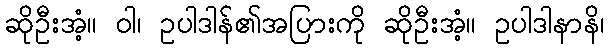
ဆိုဦးအံ့။ ဝါ၊ ဥပါဒါန်၏အပြားကို ဆိုဦးအံ့။ ဥပါဒါနာနိ၊